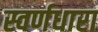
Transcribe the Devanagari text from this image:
स्वर्णधारा